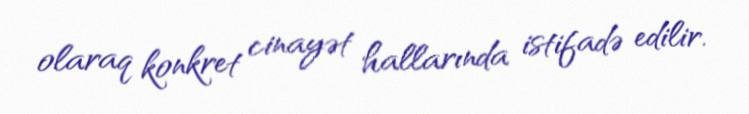
olaraq konkret cinayət hallarında istifadə edilir.